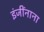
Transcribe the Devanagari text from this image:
इंजींनाना